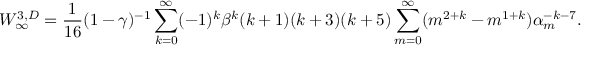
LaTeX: W _ { \infty } ^ { 3 , D } = { \frac { 1 } { 1 6 } } ( 1 - \gamma ) ^ { - 1 } \sum _ { k = 0 } ^ { \infty } ( - 1 ) ^ { k } \beta ^ { k } ( k + 1 ) ( k + 3 ) ( k + 5 ) \sum _ { m = 0 } ^ { \infty } ( m ^ { 2 + k } - m ^ { 1 + k } ) \alpha _ { m } ^ { - k - 7 } .